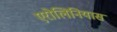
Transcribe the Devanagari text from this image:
एरोलिनियास